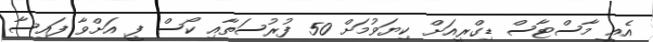
އެއީ މާސްޓާސް ޑިގްރީއަށް ކިޔަވުމަށް 50 ފުރުސަތާއި ކޯސް ފީ އަށްވާ ފައިސާ